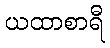
ယထာစာရီ